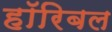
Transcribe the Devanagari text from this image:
हॉरिबल